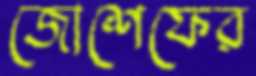
জোশেফের